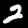
Digit: 2